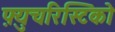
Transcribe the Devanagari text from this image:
फ़्युचरिस्टिको